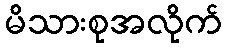
မိသားစုအလိုက်